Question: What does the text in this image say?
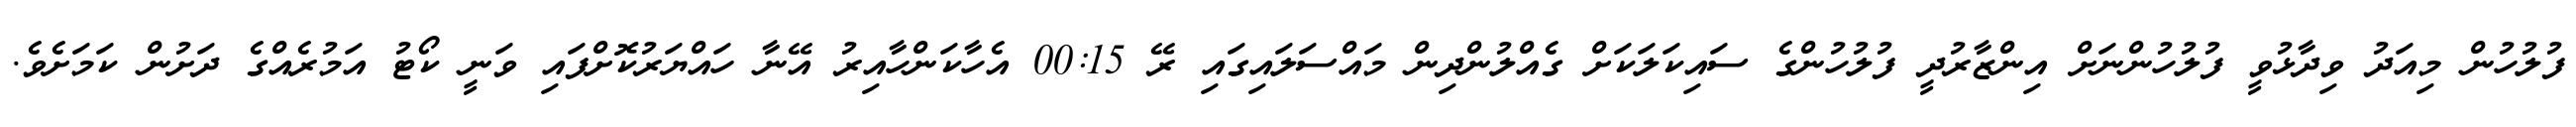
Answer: ފުލުހުން މިއަދު ވިދާޅުވީ ފުލުހުންނަށް އިންޒާރުދީ ފުލުހުންގެ ސައިކަލަކަށް ގެއްލުންދިން މައްސަލައިގައި ރޭ 00:15 އެހާކަންހާއިރު އޭނާ ހައްޔަރުކޮށްފައި ވަނީ ކޯޓު އަމުރެއްގެ ދަށުން ކަމަށެވެ.